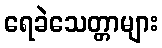
ရေခဲသေတ္တာများ